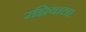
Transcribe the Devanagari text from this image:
रझियाला